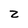
Character: z